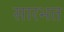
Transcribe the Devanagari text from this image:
सारभत